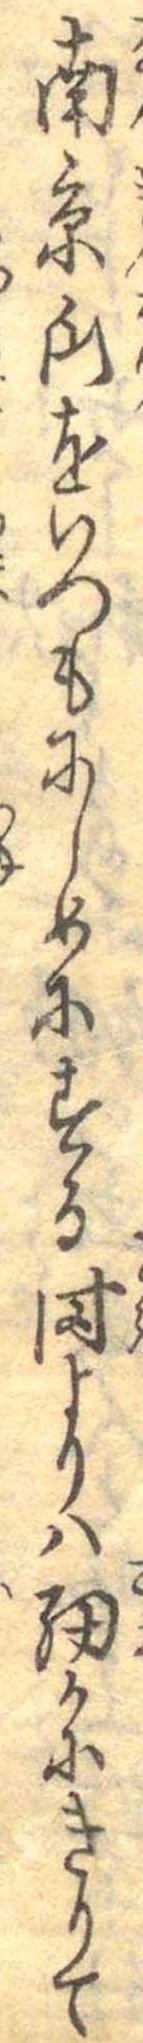
南京瓜をいつもにしめにする時よりは細かにきりて